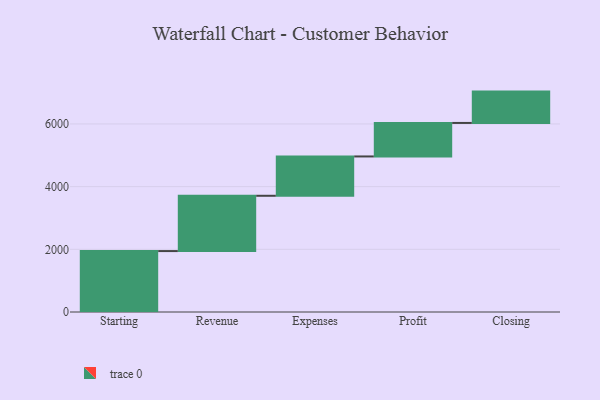
{"axis": {"x": "Step", "y": "Value"}, "legend": [""], "data": [{"x": "Starting", "y": 1944.0, "type": ""}, {"x": "Revenue", "y": 1764.0, "type": ""}, {"x": "Expenses", "y": 1255.0, "type": ""}, {"x": "Profit", "y": 1069.0, "type": ""}, {"x": "Closing", "y": 1000, "type": ""}]}